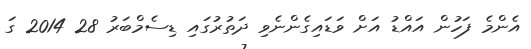
އެންމެ ފަހުން އައްޑު އަށް ވަޑައިގެންނެވި ދަތުރުގައި ޑިސެމްބަރު 28 2014 ގަ